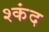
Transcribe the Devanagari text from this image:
श्कंद